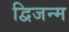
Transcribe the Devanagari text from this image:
द्विजन्‍म